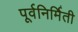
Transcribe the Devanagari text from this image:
पूर्वनिर्मिती